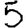
Digit: 5